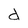
Character: d